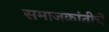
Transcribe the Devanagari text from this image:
समाजक्रांतीचे